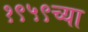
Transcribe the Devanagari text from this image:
१९५९च्या